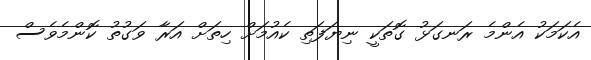
އެކަމަކު އެންމެ ރަނގަޅު ގޮތަކީ ނިޔަފަތި ކެއުމަށް ހިތަށް އަރާ ވަގުތު ކޮންމެވެސް